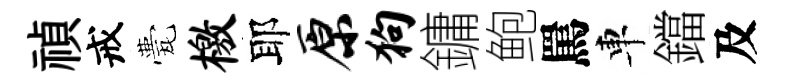
禎戒甍檄耶原狗鏞鲍罵車鐺及